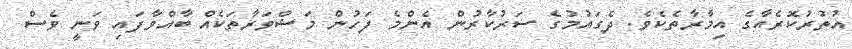
އުތުރުކޮރެއާގެ އިމާރާތެކެވެ. ދެގައުމުގެ ސަރުކާރުން އެންމެ ފަހުން މަޝްވަރާތަކެއް ބާއްވާފައި ވަނީ ވެސް